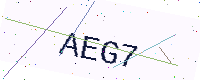
Text: AEG7